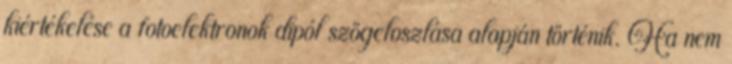
kiértékelése a fotoelektronok dipól szögeloszlása alapján történik. Ha nem